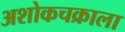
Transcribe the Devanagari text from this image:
अशोकचक्राला